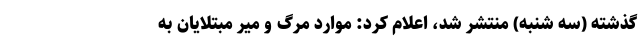
گذشته (سه شنبه) منتشر شد، اعلام کرد: موارد مرگ و میر مبتلایان به